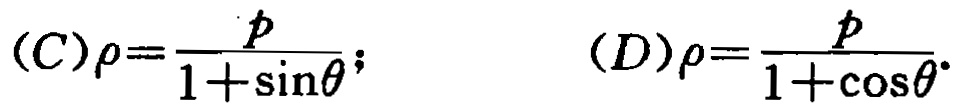
\((C)\rho=\frac{p}{1+\sin\theta};\quad (D)\rho=\frac{p}{1+\cos\theta}\)